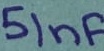
Text: 51nF